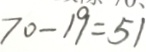
7 0 - 1 9 = 5 1